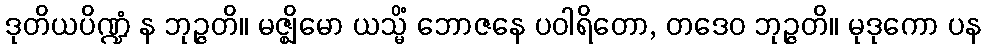
ဒုတိယပိဏ္ဍံ န ဘုဉ္ဇတိ။ မဇ္ဈိမော ယသ္မိံ ဘောဇနေ ပဝါရိတော, တဒေဝ ဘုဉ္ဇတိ။ မုဒုကော ပန